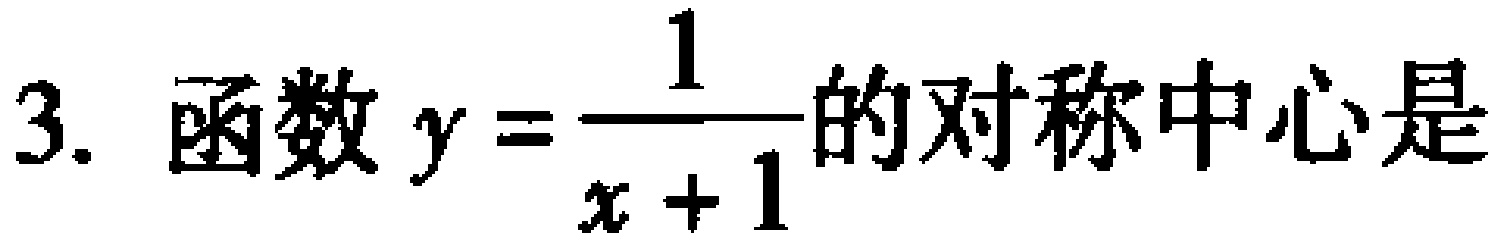
3. 函数\(y = \frac{1}{x + 1}\)的对称中心是